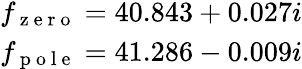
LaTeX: \begin{array}{r}{f_{\mathrm{~z~e~r~o~}}=40.843+0.027i}\\ {f_{\mathrm{~p~o~l~e~}}=41.286-0.009i}\end{array}